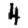
Digit: 4